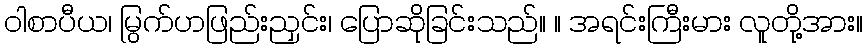
ဝါစာပီယ၊ မြွက်ဟဖြည်းညှင်း၊ ပြောဆိုခြင်းသည်။ ။ အရင်းကြီးမား လူတို့အား။